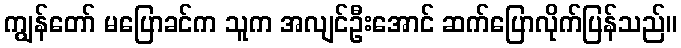
ကျွန်တော် မပြောခင်က သူက အလျင်ဦးအောင် ဆက်ပြောလိုက်ပြန်သည်။